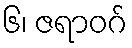
၆၊ ဇရာဝဂ်